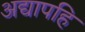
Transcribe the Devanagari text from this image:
अद्यापहि